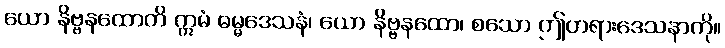
ယော နိဗ္ဗနထောတိ ဣမံ ဓမ္မဒေသနံ၊ ယော နိဗ္ဗနထော၊ စသော ဤတရားဒေသနာကို။